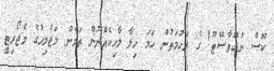
ކޮސް ނުގޮވާސޭޓޫ! ގެ ރަހުމަތުން ހަމަ ހިލާ ލާހިކެއްނޫން ތަމެން މަޖުލިހުގެ މެޖޯރިޓީ